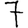
Digit: 7